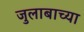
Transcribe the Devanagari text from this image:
जुलाबाच्या